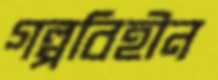
গল্পবিহীন